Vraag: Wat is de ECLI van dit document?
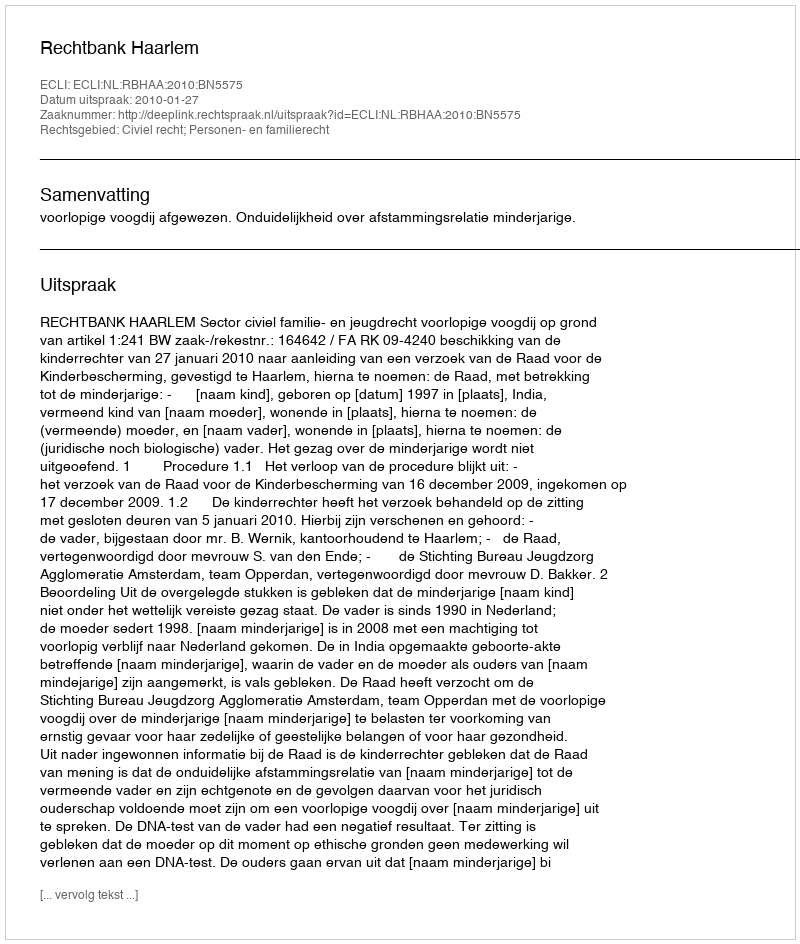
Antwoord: ECLI:NL:RBHAA:2010:BN5575